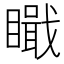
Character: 𥊬